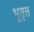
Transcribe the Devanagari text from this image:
भूतृत्त